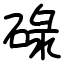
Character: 碌